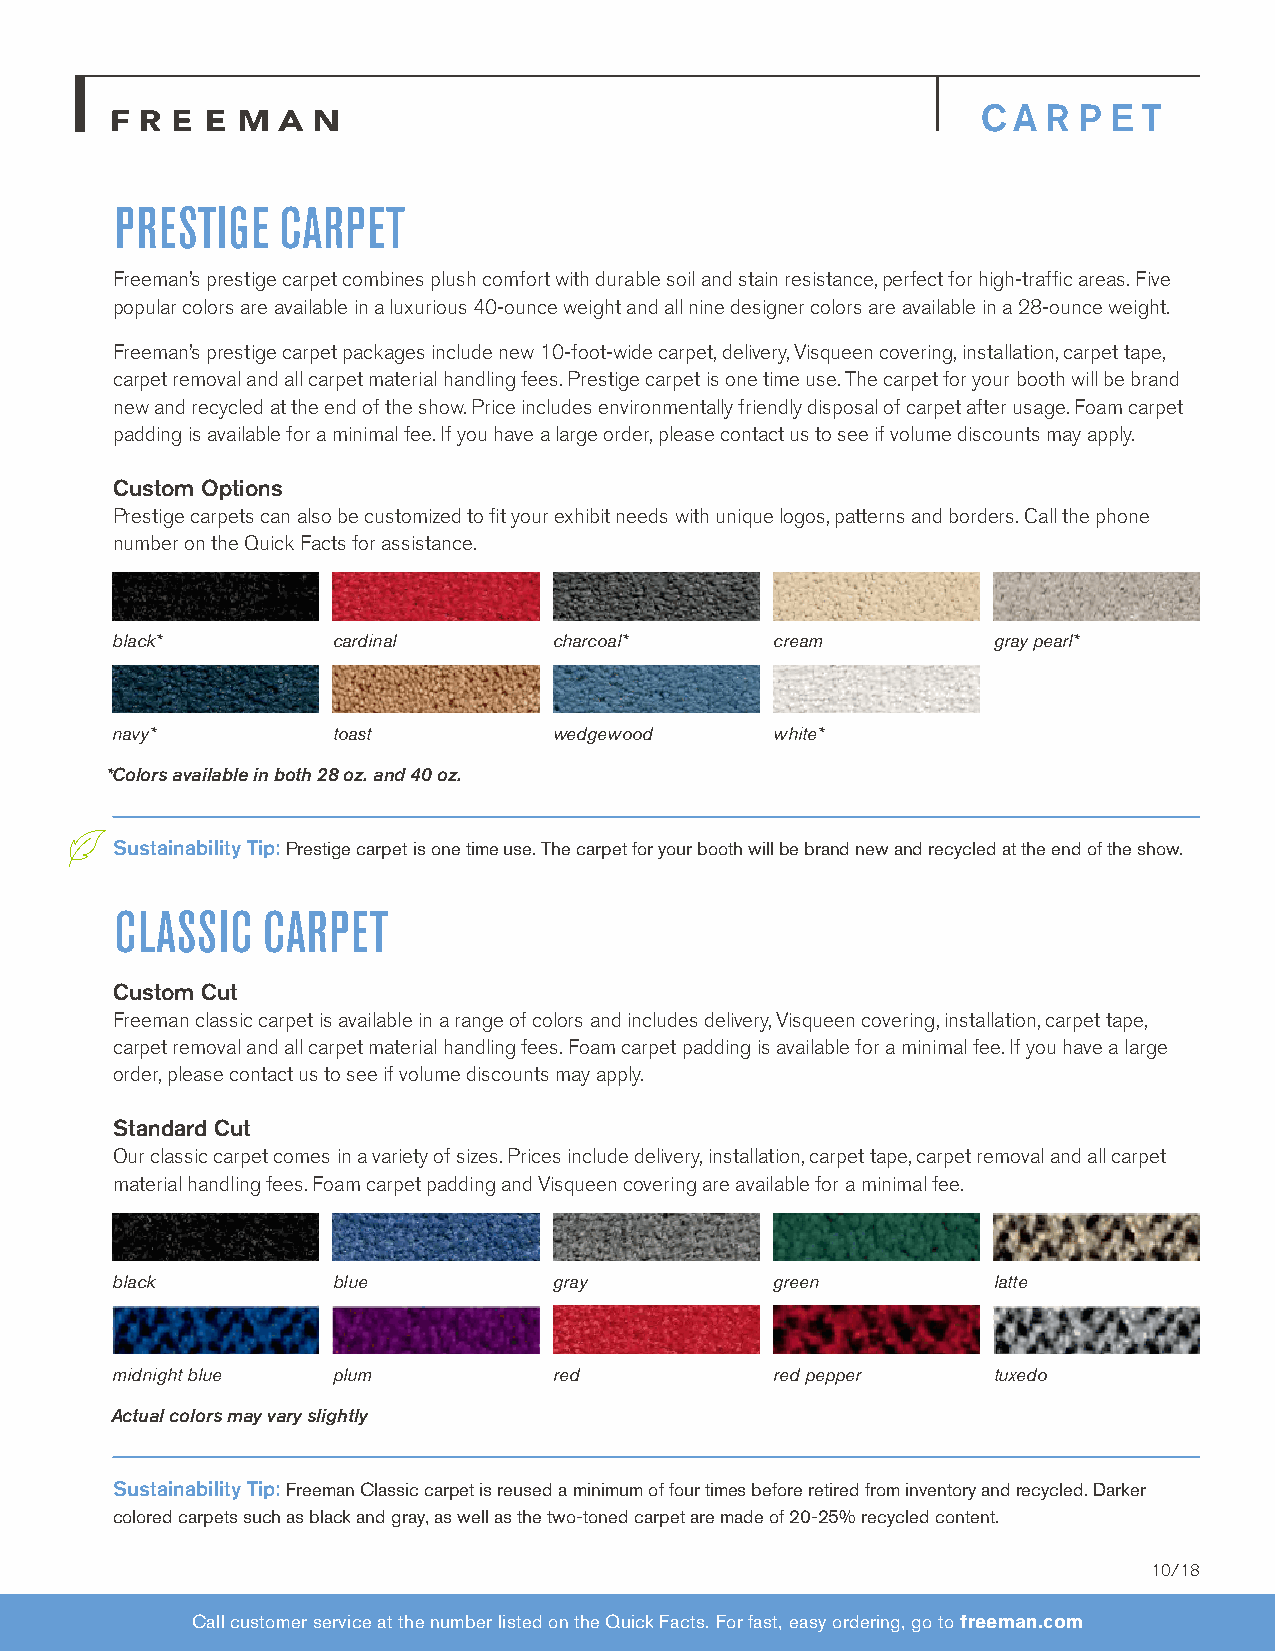
C A R P  E T
 PRESTIGE   CARPET
 Freeman’s prestige carpet combines plush comfort with durable soil and stain resistance, perfect for high-traffic areas. Five
 popular colors are available in a luxurious 40-ounce weight and all nine designer colors are available in a 28-ounce weight.
 Freeman’s prestige carpet packages include new 10-foot-wide carpet, delivery, Visqueen covering, installation, carpet tape,
 carpet removal and all carpet material handling fees. Prestige carpet is one time use. The carpet for your booth will be brand
 new and recycled at the end of the show. Price includes environmentally friendly disposal of carpet after usage. Foam carpet
 padding is available for a minimal fee. If you have a large order, please contact us to see if volume discounts may apply.
 Custom Options
 Prestige carpets can also be customized to fit your exhibit needs with unique logos, patterns and borders. Call the phone
 number on the Quick Facts for assistance.
 black*         cardinal       charcoal*     cream          gray pearl*
 navy*          toast          wedgewood     white*
 *Colors available in both 28 oz. and 40 oz.
 Sustainability Tip: Prestige carpet is one time use. The carpet for your booth will be brand new and recycled at the end of the show.
 CLASSIC  CARPET
 Custom Cut
 Freeman classic carpet is available in a range of colors and includes delivery, Visqueen covering, installation, carpet tape,
 carpet removal and all carpet material handling fees. Foam carpet padding is available for a minimal fee. If you have a large
 order, please contact us to see if volume discounts may apply.
 Standard Cut
 Our classic carpet comes in a variety of sizes. Prices include delivery, installation, carpet tape, carpet removal and all carpet
 material handling fees. Foam carpet padding and Visqueen covering are available for a minimal fee.
 black          blue           gray          green          latte
 midnight blue  plum           red           red pepper     tuxedo
 Actual colors may vary slightly
 Sustainability Tip: Freeman Classic carpet is reused a minimum of four times before retired from inventory and recycled. Darker
 colored carpets such as black and gray, as well as the two-toned carpet are made of 20-25% recycled content.
 10/18
 Call customer service at the number listed on the Quick Facts. For fast, easy ordering, go to freeman.com